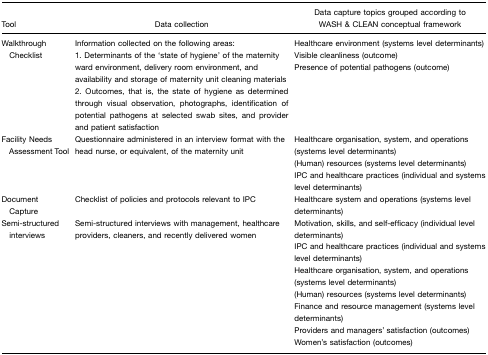
| Tool | Data collection | Data capture topics grouped according to WASH & CLEAN conceptual framework |
 | --- | --- | --- |
 | Walkthrough Checklist | Information collected on the following areas:1. Determinants of the ‘state of hygiene’ of the maternity ward environment, delivery room environment, and availability and storage of maternity unit cleaning materials2. Outcomes, that is, the state of hygiene as determined through visual observation, photographs, identification of potential pathogens at selected swab sites, and provider and patient satisfaction | Healthcare environment (systems level determinants)Visible cleanliness (outcome)Presence of potential pathogens (outcome) |
 | Facility Needs Assessment Tool | Questionnaire administered in an interview format with the head nurse, or equivalent, of the maternity unit | Healthcare organisation, system, and operations (systems level determinants)(Human) resources (systems level determinants)IPC and healthcare practices (individual and systems level determinants) |
 | Document Capture | Checklist of policies and protocols relevant to IPC | Healthcare system and operations (systems level determinants) |
 | Semi-structured interviews | Semi-structured interviews with management, healthcare providers, cleaners, and recently delivered women | Motivation, skills, and self-efficacy (individual level determinants)IPC and healthcare practices (individual and systems level determinants)Healthcare organisation, system, and operations (systems level determinants)(Human) resources (systems level determinants)Finance and resource management (systems level determinants)Providers and managers’ satisfaction (outcomes)Women's satisfaction (outcomes) |